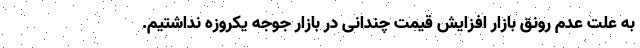
به علت عدم رونق بازار افزایش قیمت چندانی در بازار جوجه یکروزه نداشتیم.